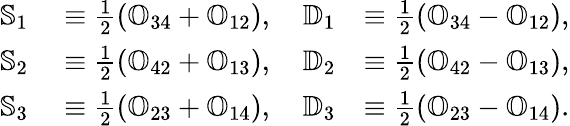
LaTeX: \begin{array}{rlr}{{\mathbb S}_{1}}&{{}\equiv\frac{1}{2}\left({\mathbb O}_{34}+{\mathbb O}_{12}\right),\quad{\mathbb D}_{1}}&{\equiv\frac{1}{2}\left({\mathbb O}_{34}-{\mathbb O}_{12}\right),}\\ {{\mathbb S}_{2}}&{{}\equiv\frac{1}{2}\left({\mathbb O}_{42}+{\mathbb O}_{13}\right),\quad{\mathbb D}_{2}}&{\equiv\frac{1}{2}\left({\mathbb O}_{42}-{\mathbb O}_{13}\right),}\\ {{\mathbb S}_{3}}&{{}\equiv\frac{1}{2}\left({\mathbb O}_{23}+{\mathbb O}_{14}\right),\quad{\mathbb D}_{3}}&{\equiv\frac{1}{2}\left({\mathbb O}_{23}-{\mathbb O}_{14}\right).}\end{array}